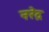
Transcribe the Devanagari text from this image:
नरेद्र